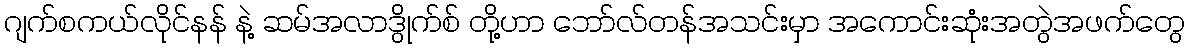
ဂျက်စကယ်လိုင်နန် နဲ့ ဆမ်အလာဒွိုက်စ် တို့ဟာ ဘော်လ်တန်အသင်းမှာ အကောင်းဆုံးအတွဲအဖက်တွေ